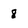
Character: 8